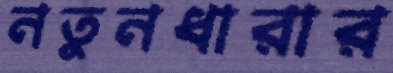
নতুনধারার